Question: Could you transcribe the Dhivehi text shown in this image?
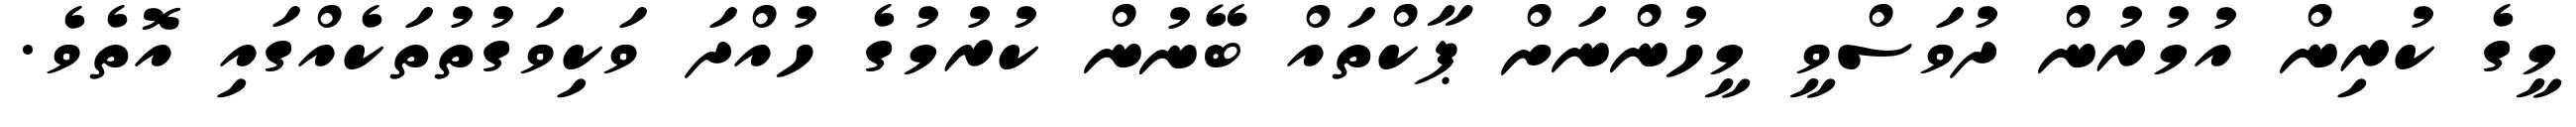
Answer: މީގެ ކުރިން އުމުރުން ދުވަސްވީ މީހުންނަށް ޕާކްތައް ބޭނުން ކުރުމުގެ ހުއްދަ ވަކިވަގުތުތަކެއްގައި އޮތެވެ.